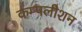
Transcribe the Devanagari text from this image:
कम्पलीशन